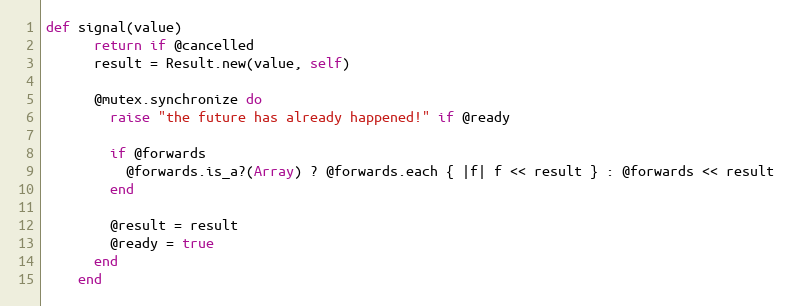
Language: Ruby
def signal(value)
      return if @cancelled
      result = Result.new(value, self)

      @mutex.synchronize do
        raise "the future has already happened!" if @ready

        if @forwards
          @forwards.is_a?(Array) ? @forwards.each { |f| f << result } : @forwards << result
        end

        @result = result
        @ready = true
      end
    end